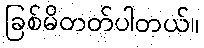
ခြစ်မိတတ်ပါတယ်။